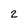
Character: 2